Vaccination in the Punjab 1905-1918 - 1905-1918
Year: 1905
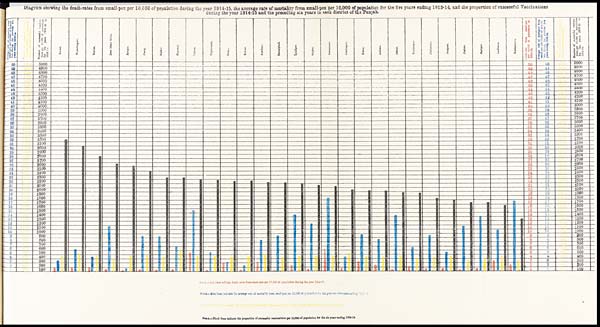
Diagram showing the death-rates from small-pox per 10,000 of population during the year 1914-15, the average rate of mortality from small-pox per 10,000 of population for the five years ending 1913-14, and the proportion of successful Vaccinations
during the year 1914-15 and the preceding six years in each district of the Punjab.